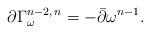
LaTeX: \begin{align*}\partial\Gamma^{n-2,\,n}_\omega = -\bar\partial\omega^{n-1}.\end{align*}